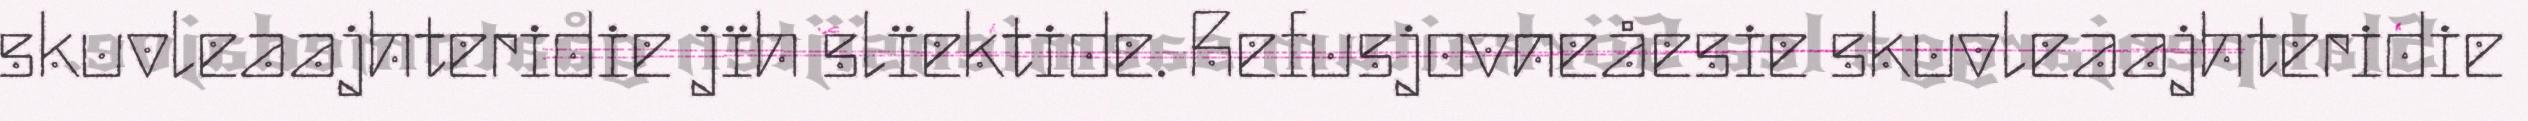
skuvleaajhteridie jïh slïektide. Refusjovneåesie skuvleaajhteridie